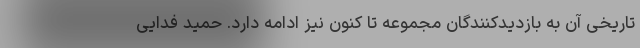
تاریخی آن به بازدیدکنندگان مجموعه تا کنون نیز ادامه دارد. حمید فدایی